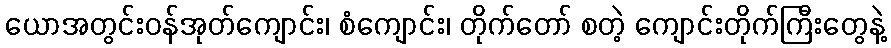
ယောအတွင်းဝန်အုတ်ကျောင်း၊ စံကျောင်း၊ တိုက်တော် စတဲ့ ကျောင်းတိုက်ကြီးတွေနဲ့